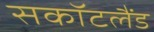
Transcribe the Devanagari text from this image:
सकॉटलैंड